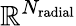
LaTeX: \mathbb{R}^{N_{\mathrm{radial}}}